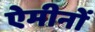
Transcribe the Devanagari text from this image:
ऐमीनों